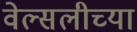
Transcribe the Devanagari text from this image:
वेल्सलीच्या